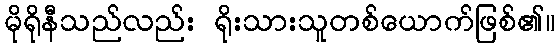
မိုရိုနီသည်လည်း ရိုးသားသူတစ်ယောက်ဖြစ်၏။